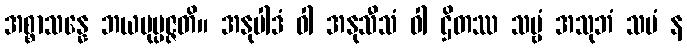
အစ္စာသန္နေ ဘယမုပ္ပဇ္ဇတိ။ အနုပါဒံ ဝါ အနုသီသံ ဝါ ဌိတဿ သဗ္ဗံ အသုဘံ သမံ န